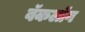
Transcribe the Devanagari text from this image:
बॅकलॉग